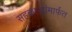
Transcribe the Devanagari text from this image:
सहकार्‍यांमार्फत